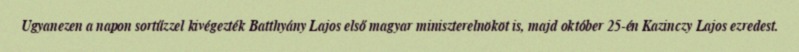
Ugyanezen a napon sortűzzel kivégezték Batthyány Lajos első magyar miniszterelnököt is, majd október 25-én Kazinczy Lajos ezredest.